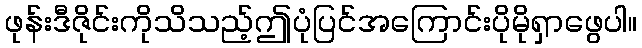
ဖုန်းဒီဇိုင်းကိုသိသည့်ဤပုံပြင်အကြောင်းပိုမိုရှာဖွေပါ။